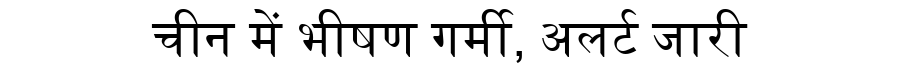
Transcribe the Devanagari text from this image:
चीन में भीषण गर्मी, अलर्ट जारी